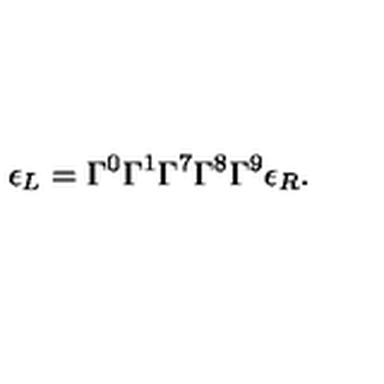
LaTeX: \epsilon _ { L } = \Gamma ^ { 0 } \Gamma ^ { 1 } \Gamma ^ { 7 } \Gamma ^ { 8 } \Gamma ^ { 9 } \epsilon _ { R } .